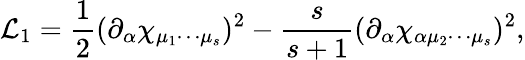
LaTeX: {\cal L}_{1}=\frac{1}{2}(\partial_{\alpha}\chi_{\mu_{1}\cdots\mu_{s}})^{2}-\frac{s}{s+1}(\partial_{\alpha}\chi_{\alpha\mu_{2}\cdots\mu_{s}})^{2},